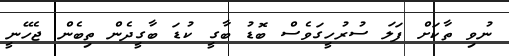
ނުވި ތާކަށް ފަލަ ސުރުހީގަވެސް ބޮޑު ބާގީ ކުޑަ ބާގީދެން ތިބެން ޖެހޭނީ